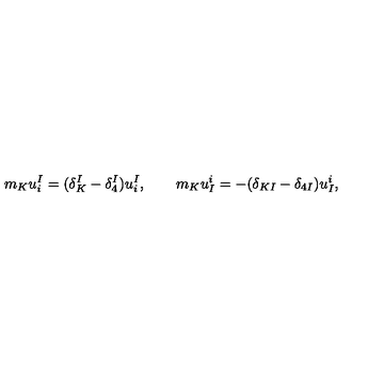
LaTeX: m _ { K } u _ { i } ^ { I } = ( \delta _ { K } ^ { I } - \delta _ { 4 } ^ { I } ) u _ { i } ^ { I } , \qquad m _ { K } u _ { I } ^ { i } = - ( \delta _ { K I } - \delta _ { 4 I } ) u _ { I } ^ { i } ,